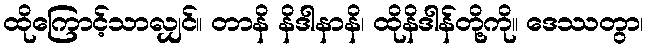
ထိုကြောင့်သာလျှင်။ တာနိ နိဒါနာနိ၊ ထိုနိဒါန်တို့ကို။ ဒေဿတွာ၊